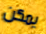
يمكن